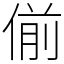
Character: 偂